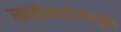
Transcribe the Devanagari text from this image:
कसोट्यांमधून